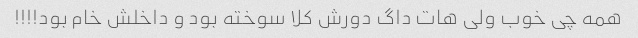
همه چی خوب ولی هات داگ دورش کلا سوخته بود و داخلش خام بود!!!!